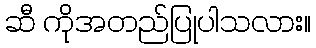
ဆီ ကိုအတည်ပြုပါသလား။